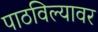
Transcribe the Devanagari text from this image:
पाठविल्यावर